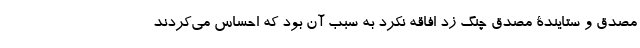
مصدق و ستایندۀ مصدق چنگ زد افاقه نکرد به سبب آن بود که احساس می‌کردند